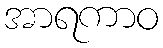
အာရကာဝ